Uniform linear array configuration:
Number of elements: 16
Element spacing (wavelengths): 0.75
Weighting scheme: hann
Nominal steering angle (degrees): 0
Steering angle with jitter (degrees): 1.092
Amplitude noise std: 0.05
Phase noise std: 0.05

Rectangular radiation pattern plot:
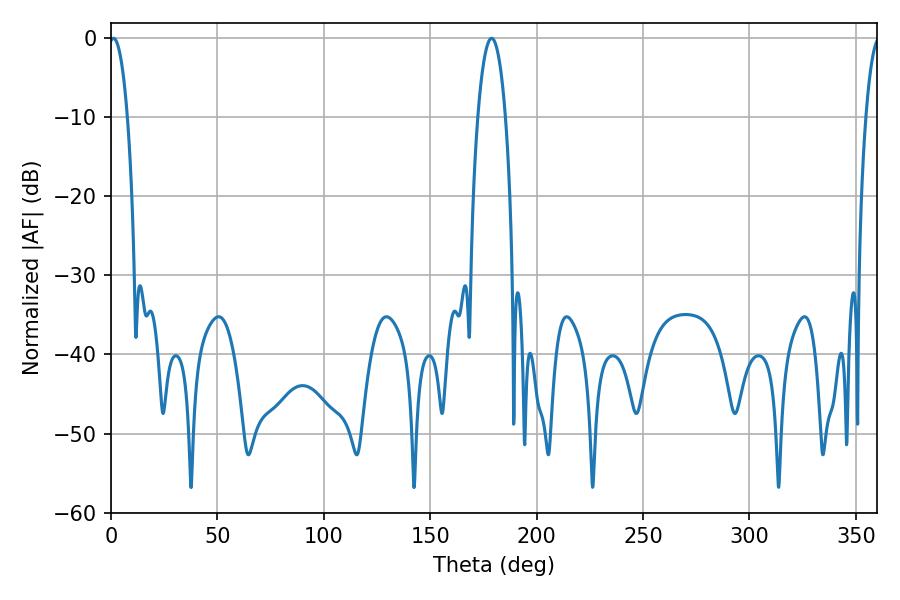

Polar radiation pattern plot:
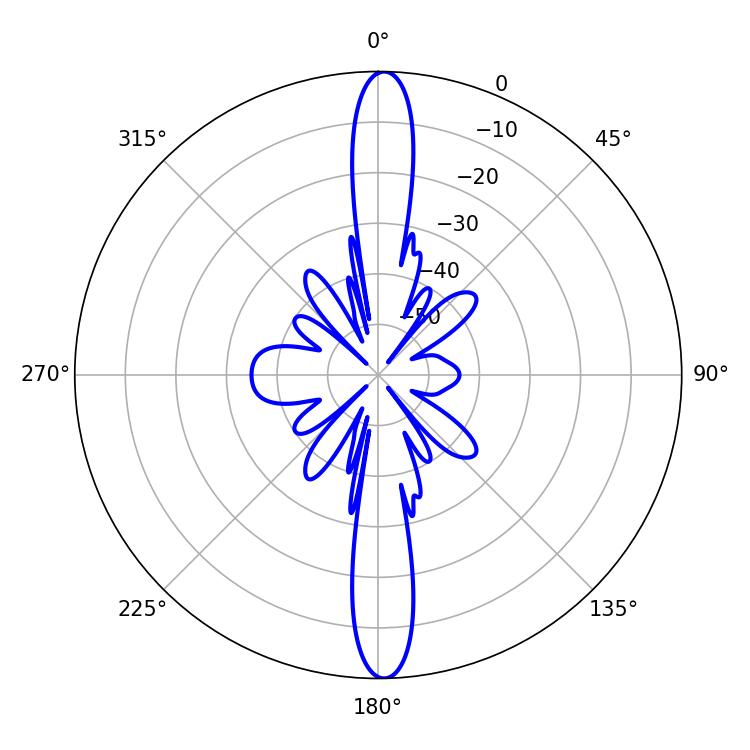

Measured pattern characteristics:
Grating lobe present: TRUE
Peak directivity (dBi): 25.658
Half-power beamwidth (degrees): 4.86
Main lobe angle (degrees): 1.08